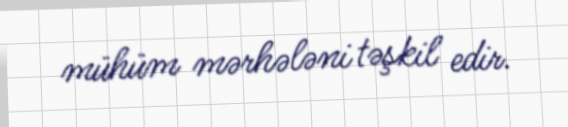
mühüm mərhələni təşkil edir.